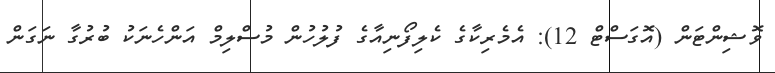
ވޮޝިންޓަން (އޮގަސްޓް 12): އެމެރިކާގެ ކެލިފޯނިއާގެ ފުލުހުން މުސްލިމް އަންހެނަކު ބުރުގާ ނަގަން